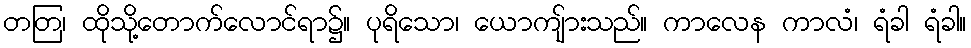
တတြ၊ ထိုသို့တောက်လောင်ရာ၌။ ပုရိသော၊ ယောကျ်ားသည်။ ကာလေန ကာလံ၊ ရံခါ ရံခါ။